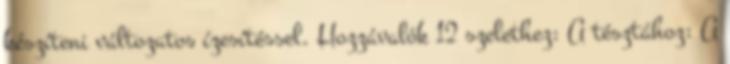
készíteni változatos ízesítéssel. Hozzávalók 12 szelethez: A tésztához: A